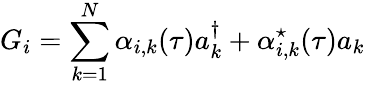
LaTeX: G_{i}=\sum_{k=1}^{N}\alpha_{i,k}(\tau)a_{k}^{\dagger}+\alpha_{i,k}^{\star}(\tau)a_{k}